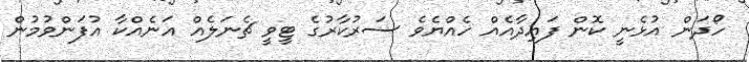
ހޯދަން އުޅެނީ ކޮން ފައިދާއެއް ހެއްޔެވެ ސަރުކާރުގެ ޓީވީ ޗެނަލެއް އަނެއްކާ އުފަންވުމުން